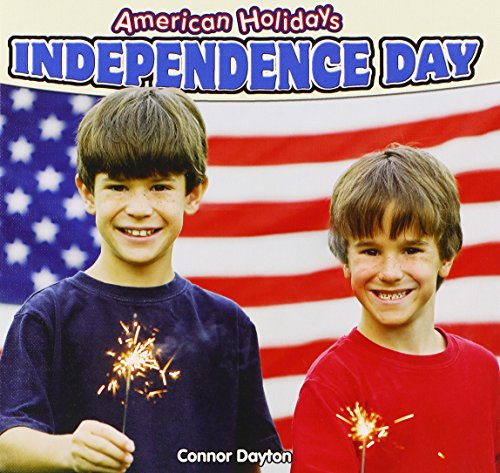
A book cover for Independence Day (American Holidays (Powerkids Press)); Connor Dayton; Children's Books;